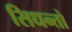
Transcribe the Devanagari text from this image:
सिधन्तो